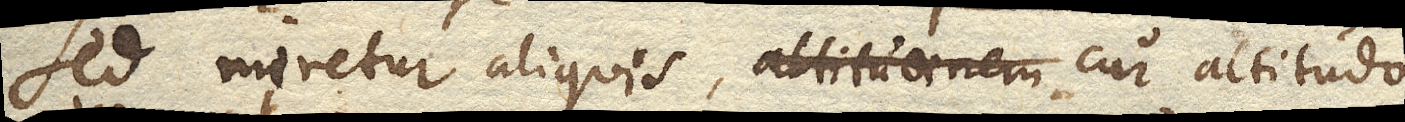
Sed miretur aliquis, cur altitudo